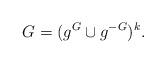
LaTeX: \begin{align*}G = (g^G \cup g^{-G})^k. \end{align*}